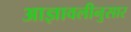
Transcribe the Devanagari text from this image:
आज्ञावलीनुसार